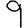
Digit: 9